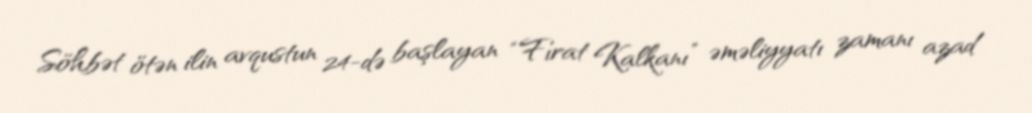
Söhbət ötən ilin avqustun 24-də başlayan “Fırat Kalkanı” əməliyyatı zamanı azad